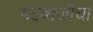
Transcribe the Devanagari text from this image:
गटबाजीचा